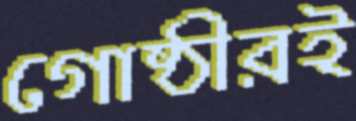
গোষ্ঠীরই